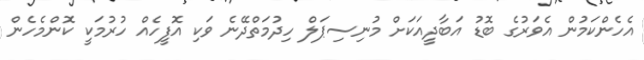
އެހެންކަމުން އެވަރުގެ ބޮޑު އަބާދީއަކަށް މުނިސިޕަލް ހިދުމަތްދޭނެ ވަކި އޮފީހެއް ހުރުމަކީ ކޮންމެހެން